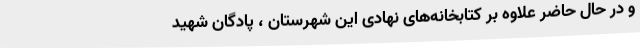
و در حال حاضر علاوه بر کتابخانه‌های نهادی این شهرستان ، پادگان شهید